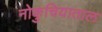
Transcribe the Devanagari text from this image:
नोकुचियाताल